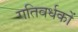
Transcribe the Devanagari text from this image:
गतिवर्धकों